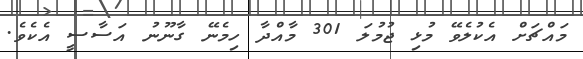
މައްޗަށް އެކުލެވޭ މުޅި ޖުމުލަ 301 މާއްދާ ހިމެނޭ ގާނޫނު އަސާސީ އެކެވެ.